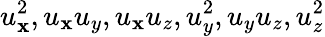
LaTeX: u_{\mathbf{x}}^{2},u_{\mathbf{x}}u_{y},u_{\mathbf{x}}u_{z},u_{y}^{2},u_{y}u_{z},u_{z}^{2}